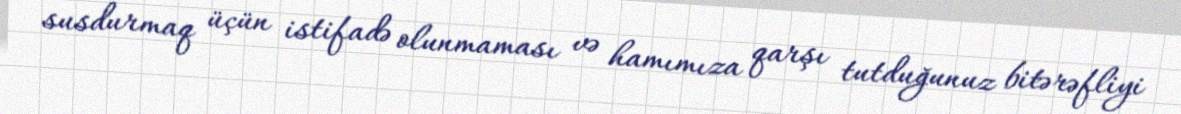
susdurmaq üçün istifadə olunmaması və hamımıza qarşı tutduğunuz bitərəfliyi